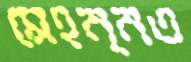
মেহন্নত